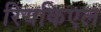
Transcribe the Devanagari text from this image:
रियकिएल